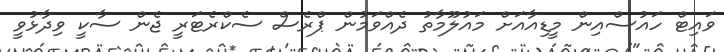
ވައިޓް ހައުސްއިން މީޑިއާއަށް މައުލޫމާތު ދެއްވަމުން ޕްރެސް ސެކްރެޓަރީ ޖެން ސާކީ ވިދާޅުވީ